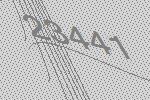
23441